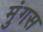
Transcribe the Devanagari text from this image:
मुंगस